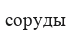
соруды